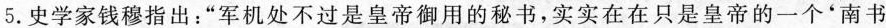
5.史学家钱穆指出：“军机处不过是皇帝御用的秘书，实实在在只是皇帝的一个‘南书